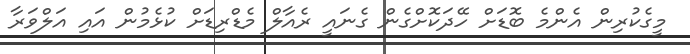
މީގެކުރިން އެންމެ ބޮޑަށް ހޭދަކޮށްގެން ގެނައީ ރެއާލް މެޑްރިޑަށް ކުޅެމުން އައި އަލްވަރާ